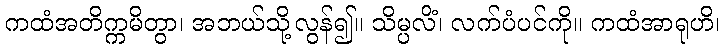
ကထံအတိက္ကမိတွာ၊ အဘယ်သို့လွန်၍။ သိမ္ပလိံ၊ လက်ပံပင်ကို။ ကထံအာရုဟိ၊